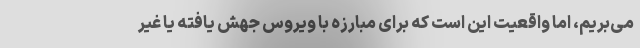
می‌بریم، اما واقعیت این است که برای مبارزه با ویروس جهش یافته یا غیر